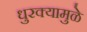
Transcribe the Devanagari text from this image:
धुरक्यामुळे